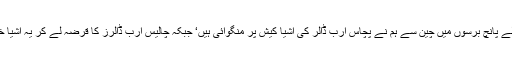
وزارت تجارت کی جانب سے یہ انکشاف کیا جائے کہ پچھلے پانچ برسوں میں چین سے ہم نے پچاس ارب ڈالر کی اشیا کیش پر منگوائی ہیں‘ جبکہ چالیس ارب ڈالرز کا قرضہ لے کر یہ اشیا خرید رہے تھے‘ تو بھی کسی کے کان پر جوں نہیں رینگتی۔